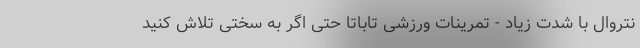
نتروال با شدت زیاد - تمرینات ورزشی تاباتا حتی اگر به سختی تلاش کنید